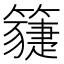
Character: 𥵯